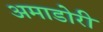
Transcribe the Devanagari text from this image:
अमाडोरी